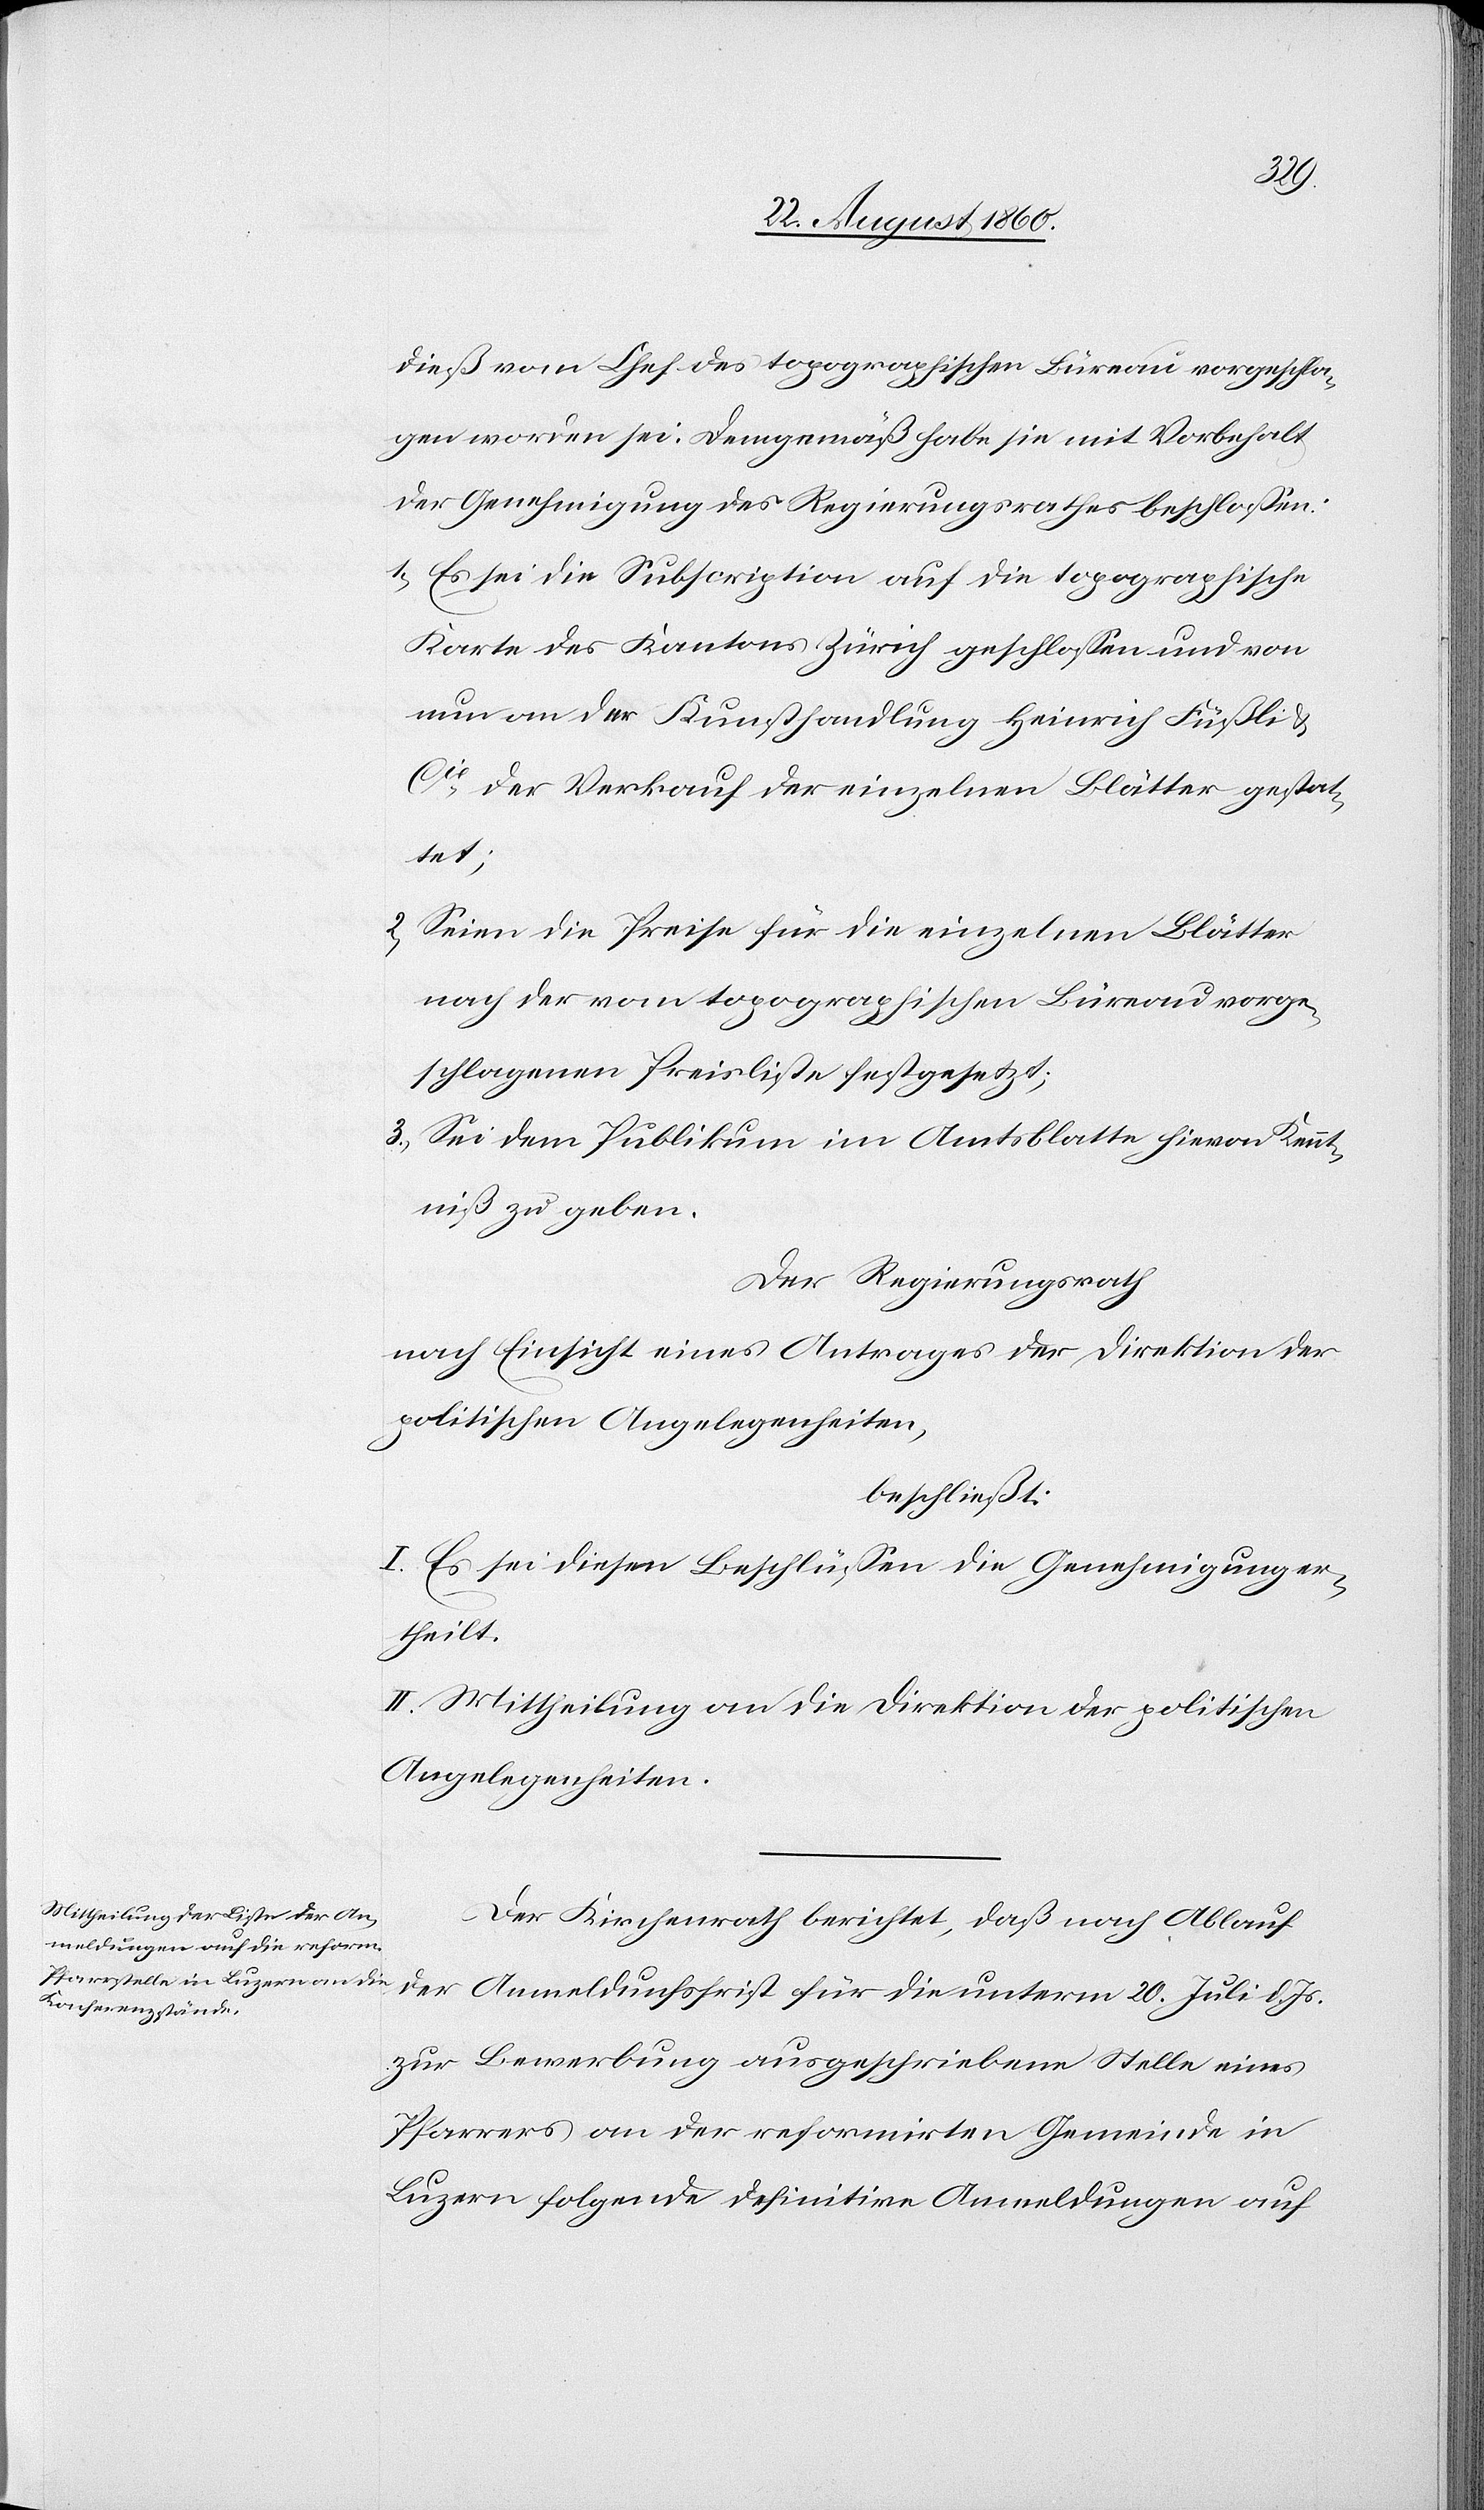
gen worden sei. Demgemäss habe sie mit Vorbehalt
der Genehmigung des Regierungsrathes beschlossen:
1) Es sei die Subscription auf die topographische
Karte des Kantons Zürich geschlossen und von
nun an der Kunsthandlung Heinrich Füssli u.
Cie der Verkauf der einzelnen Blätter gestat¬
tet;
2) Seien die Preise für die einzelnen Blätter
nach der vom topographischen Büreau vorge¬
schlagenen Preisliste festgesetzt.
3) Sei dem Publikum im Amtsblatte hievon Kennt¬
niss zu geben.
Der Regierungsrath,
nach Einsicht eines Antrages der Direktion der
politischen Angelegenheiten,
beschliesst:
I. Es sei diesen Beschlüssen die Genehmigung er¬
theilt.
II. Mittheilung an die Direktion der politischen
Angelegenheiten.
Der Kirchenrath berichtet, dass nach Ablauf
der Anmeldungsfrist für die unterm 20. Juli d. Js.
zur Bewerbung ausgeschriebene Stelle eines
Pfarrers an der reformirten Gemeinde in
Luzern folgende definitive Anmeldung[en] auf